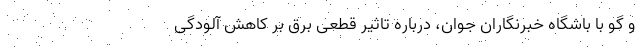
و گو با باشگاه خبرنگاران جوان، درباره تاثیر قطعی برق بر کاهش آلودگی